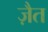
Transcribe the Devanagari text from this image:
ज़ैत